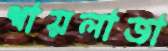
শায়লাজা